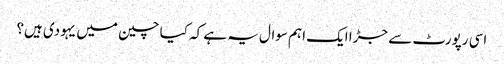
اسی رپورٹ سے جڑا ایک اہم سوال یہ ہے کہ کیا چین میں یہودی ہیں؟